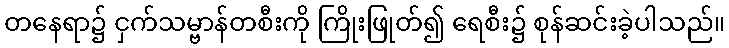
တနေရာ၌ ငှက်သမ္ဗာန်တစီးကို ကြိုးဖြုတ်၍ ရေစီး၌ စုန်ဆင်းခဲ့ပါသည်။